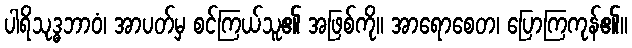
ပါရိသုဒ္ဓဘာဝံ၊ အာပတ်မှ စင်ကြယ်သူ၏ အဖြစ်ကို။ အာရောစေတ၊ ပြောကြကုန်၏။